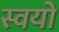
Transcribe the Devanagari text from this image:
स्वयो